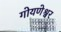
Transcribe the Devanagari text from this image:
गोयणेश्वर